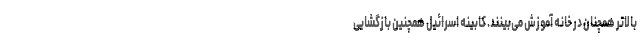
بالاتر همچنان در خانه آموزش می‌بینند. کابینه اسرائیل همچنین بازگشایی